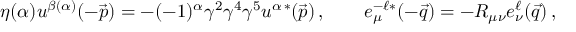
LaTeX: \eta ( \alpha ) u ^ { \beta ( \alpha ) } ( - \vec { p } ) = - ( - 1 ) ^ { \alpha } \gamma ^ { 2 } \gamma ^ { 4 } \gamma ^ { 5 } u ^ { \alpha \, * } ( \vec { p } ) \, , \qquad e _ { \mu } ^ { - \ell * } ( - \vec { q } ) = - R _ { \mu \nu } e _ { \nu } ^ { \ell } ( \vec { q } ) \, ,